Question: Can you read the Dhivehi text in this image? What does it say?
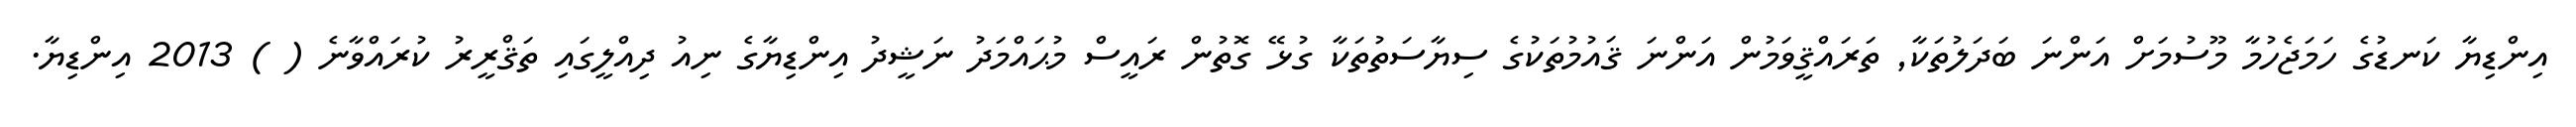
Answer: އިންޑިޔާ ކަނޑުގެ ހަމަޖެހުމާ މޫސުމަށް އަންނަ ބަދަލުތަކާ, ތަރައްޤީވަމުން އަންނަ ޤައުމުތަކުގެ ސިޔާސަތުތަކާ ގުޅޭ ގޮތުން ރައީސް މުޙައްމަދު ނަޝީދު އިންޑިޔާގެ ނިއު ދިއްލީގައި ތަޤްރީރު ކުރައްވާނެ ( ) 2013 އިންޑިޔާ.